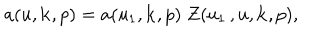
a ( u , { \bf k } , p ) = a ( u _ { 1 } , { \bf k } , p ) \; Z ( u _ { 1 } \, , u , { \bf k } , p ) ,